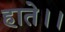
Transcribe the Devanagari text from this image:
हाते।।